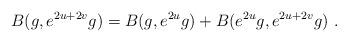
LaTeX: \begin{align*} B(g,e^{2u+2v}g) = B(g,e^{2u}g)+B(e^{2u}g, e^{2u+2v}g)~.\end{align*}